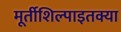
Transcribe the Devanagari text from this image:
मूर्तीशिल्पाइतक्या